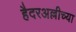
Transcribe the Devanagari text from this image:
हैदरअल्लीच्या